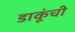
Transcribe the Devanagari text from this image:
डाकूंची